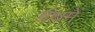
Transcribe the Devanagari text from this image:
ग्रंथमें